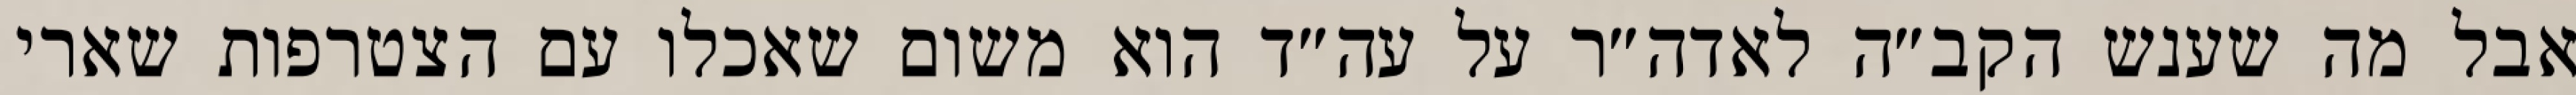
אבל מה שענש הקב״ה לאדה״ר על עה״ד הוא משום שאכלו עם הצטרפות שארי